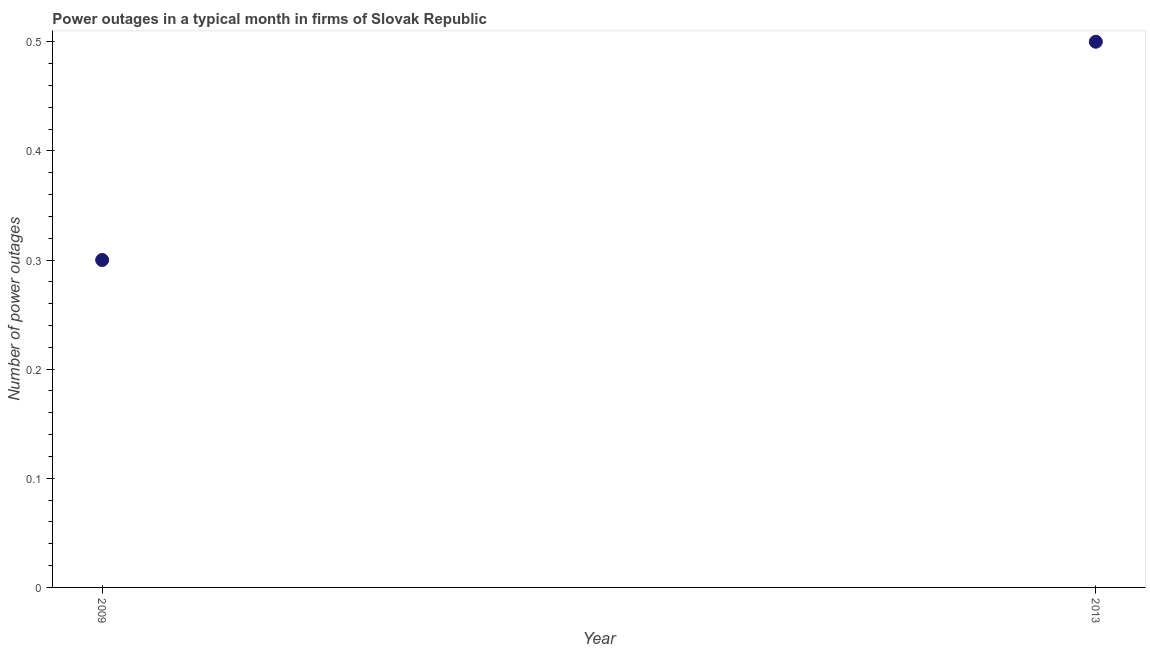
| Year | Power outages |
 | --- | --- |
 | 2009 | 0.3 |
 | 2013 | 0.5 |